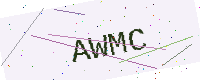
Text: AWMC